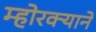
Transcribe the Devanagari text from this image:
म्होरक्याने